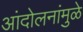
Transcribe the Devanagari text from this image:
आंदोलनांमुळे